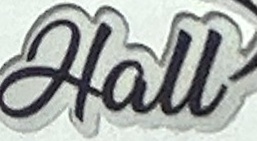
Hall